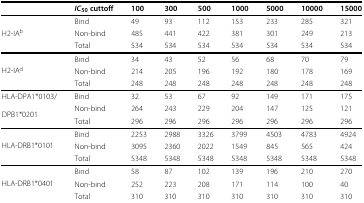
<table><thead><tr><td><b> </b></td><td><b><i>I</i><i>C</i><sub>50 </sub>cuttoff</b></td><td><b>100</b></td><td><b>300</b></td><td><b>500</b></td><td><b>1000</b></td><td><b>5000</b></td><td><b>10000</b></td><td><b>15000</b></td></tr></thead><tbody><tr><td> </td><td>Bind</td><td>49</td><td>93</td><td>112</td><td>153</td><td>233</td><td>285</td><td>321</td></tr><tr><td>H2-IA<sup>b</sup></td><td>Non-bind</td><td>485</td><td>441</td><td>422</td><td>381</td><td>301</td><td>249</td><td>213</td></tr><tr><td> </td><td>Total</td><td>534</td><td>534</td><td>534</td><td>534</td><td>534</td><td>534</td><td>534</td></tr><tr><td> </td><td>Bind</td><td>34</td><td>43</td><td>52</td><td>56</td><td>68</td><td>70</td><td>79</td></tr><tr><td>H2-IA<sup>d</sup></td><td>Non-bind</td><td>214</td><td>205</td><td>196</td><td>192</td><td>180</td><td>178</td><td>169</td></tr><tr><td> </td><td>Total</td><td>248</td><td>248</td><td>248</td><td>248</td><td>248</td><td>248</td><td>248</td></tr><tr><td>HLA-DPA1*0103/</td><td>Bind</td><td>32</td><td>53</td><td>67</td><td>92</td><td>149</td><td>171</td><td>175</td></tr><tr><td rowspan="2">DPB1*0201</td><td>Non-bind</td><td>264</td><td>243</td><td>229</td><td>204</td><td>147</td><td>125</td><td>121</td></tr><tr><td>Total</td><td>296</td><td>296</td><td>296</td><td>296</td><td>296</td><td>296</td><td>296</td></tr><tr><td> </td><td>Bind</td><td>2253</td><td>2988</td><td>3326</td><td>3799</td><td>4503</td><td>4783</td><td>4924</td></tr><tr><td>HLA-DRB1*0101</td><td>Non-bind</td><td>3095</td><td>2360</td><td>2022</td><td>1549</td><td>845</td><td>565</td><td>424</td></tr><tr><td> </td><td>Total</td><td>5348</td><td>5348</td><td>5348</td><td>5348</td><td>5348</td><td>5348</td><td>5348</td></tr><tr><td> </td><td>Bind</td><td>58</td><td>87</td><td>102</td><td>139</td><td>196</td><td>210</td><td>270</td></tr><tr><td>HLA-DRB1*0401</td><td>Non-bind</td><td>252</td><td>223</td><td>208</td><td>171</td><td>114</td><td>100</td><td>40</td></tr><tr><td> </td><td>Total</td><td>310</td><td>310</td><td>310</td><td>310</td><td>310</td><td>310</td><td>310</td></tr></tbody></table>